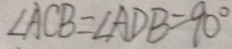
\angle A C B = \angle A D B = 9 0 ^ { \circ }